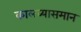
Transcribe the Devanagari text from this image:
कालव्यासमान